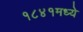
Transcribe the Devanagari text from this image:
१८४१मध्ये